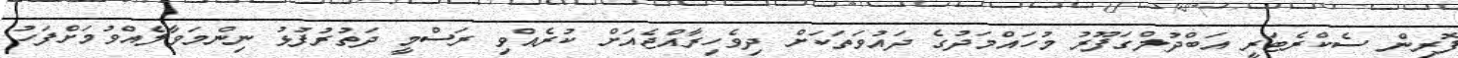
ފޮރިން ސެކްރެޓަރީ އަބްދުލްގަފޫރު މުހައްމަދުގެ ދައުވަތަކަށް ދިވެހިރާއްޖެއަށް ކުރެއްވި ރަސްމީ ދަތުރުފުޅު ނިންމަވާލެއްވުމަށްފަހު